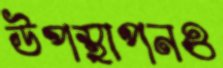
উপস্থাপনও